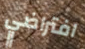
افتراضي